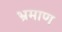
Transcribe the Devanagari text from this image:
भ्रमाण